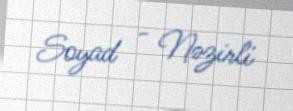
Soyad - Nəzirli